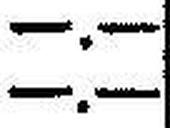
—.—